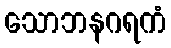
သောဘနဂရကံ